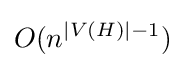
O(n^{|V(H)|-1})